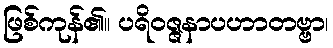
ဖြစ်ကုန်၏။ ပရိဝဇ္ဇနာပဟာတဗ္ဗာ၊